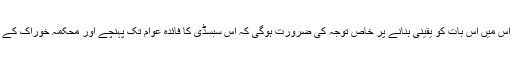
حکومت اگر اس ضمن میں کوئی فیصلہ کرے تو اس میں اس بات کو یقینی بنانے پر خاص توجہ کی ضرورت ہوگی کہ اس سبسڈی کا فائدہ عوام تک پہنچے اور محکمہ خوراک کے راشی اور بدعنوان اہلکار اس کافائدہ نہ اٹھا سکیں۔